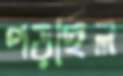
পড়ছিল